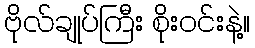
ဗိုလ်ချုပ်ကြီး စိုးဝင်းနဲ့။